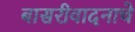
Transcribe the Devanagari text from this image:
बासरीवादनाचे